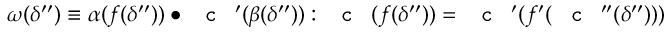
\omega ( \delta ^ { \prime \prime } ) \equiv \alpha ( f ( \delta ^ { \prime \prime } ) ) \bullet \textnormal { \texttt { c } } ^ { \prime } ( \beta ( \delta ^ { \prime \prime } ) ) : \textnormal { \texttt { c } } ( f ( \delta ^ { \prime \prime } ) ) = \textnormal { \texttt { c } } ^ { \prime } ( f ^ { \prime } ( \textnormal { \texttt { c } } ^ { \prime \prime } ( \delta ^ { \prime \prime } ) ) )